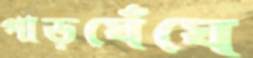
পাড়ঘেঁঘে